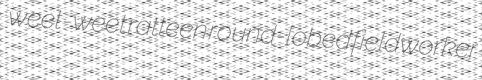
weet-weet ratteen round-lobed fieldworker